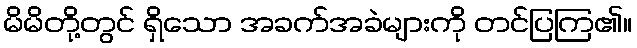
မိမိတို့တွင် ရှိသော အခက်အခဲများကို တင်ပြကြ၏။